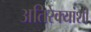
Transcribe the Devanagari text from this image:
अतिरेक्यांशी